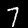
Label: 7